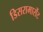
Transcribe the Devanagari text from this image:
डिसरामासेंट